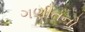
ગણીતનો